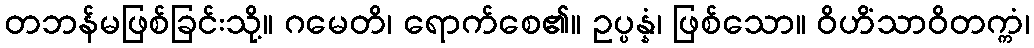
တဘန်မဖြစ်ခြင်းသို့။ ဂမေတိ၊ ရောက်စေ၏။ ဥပ္ပန္နံ၊ ဖြစ်သော။ ဝိဟိံသာဝိတက္ကံ၊